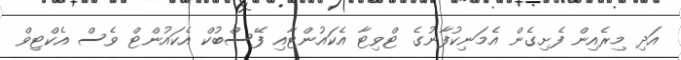
އަދި މިރެއިން ފެށިގެން އެމަނިކުފާނުގެ ޓްވިޓާ އެކައުންޓާއި ފޭސްބުކް އެކައުންޓް ވެސް އެކްޓިވް